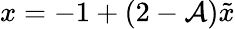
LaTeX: x=-1+(2-\mathcal{A}){\tilde{{x}}}